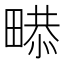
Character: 𤲻